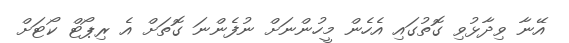
އޭނާ ވިދާޅުވި ގޮތުގައި އެހެން މީހުންނަށް ނުފެންނަ ގޮތަށް އެ ރިޕޯޓް ކޯޓަށް